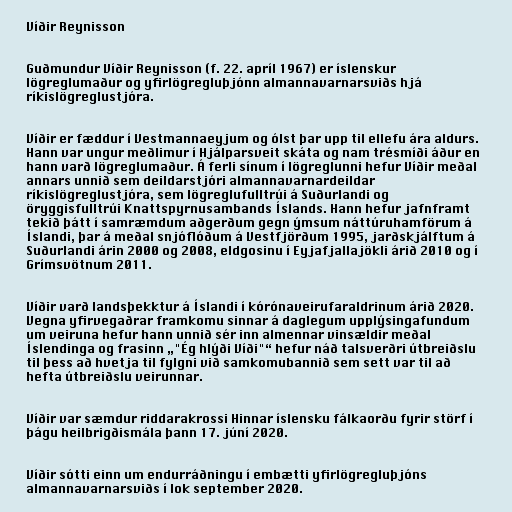
Víðir Reynisson

Guðmundur Víðir Reynisson (f. 22. apríl 1967) er íslenskur
lögreglumaður og yfirlögregluþjónn almannavarnarsviðs hjá
ríkislögreglustjóra.

Víðir er fæddur í Vestmannaeyjum og ólst þar upp til ellefu ára aldurs.
Hann var ungur meðlimur í Hjálparsveit skáta og nam trésmíði áður en
hann varð lögreglumaður. Á ferli sínum í lögreglunni hefur Víðir meðal
annars unnið sem deildar­stjóri al­manna­varnar­deildar
ríkis­lög­reglu­stjóra, sem lög­reglu­full­trúi á Suðurlandi og
öryggis­full­trúi Knattspyrnusambands Íslands. Hann hefur jafnframt
tekið þátt í samræmdum aðgerðum gegn ýmsum náttúruhamförum á
Íslandi, þar á meðal snjóflóðum á Vestfjörðum 1995, jarðskjálftum á
Suðurlandi árin 2000 og 2008, eldgosinu í Eyjafjallajökli árið 2010 og í
Grímsvötnum 2011.

Víðir varð landsþekktur á Íslandi í kórónaveirufaraldrinum árið 2020.
Vegna yfirvegaðrar framkomu sinnar á daglegum upplýsingafundum
um veiruna hefur hann unnið sér inn almennar vinsældir meðal
Íslendinga og frasinn „"Ég hlýði Víði"“ hefur náð talsverðri útbreiðslu
til þess að hvetja til fylgni við samkomubannið sem sett var til að
hefta útbreiðslu veirunnar.

Víðir var sæmdur riddarakrossi Hinnar íslensku fálkaorðu fyrir störf í
þágu heilbrigðismála þann 17. júní 2020.

Víðir sótti einn um endurráðningu í embætti yfirlögregluþjóns
almannavarnarsviðs í lok september 2020.